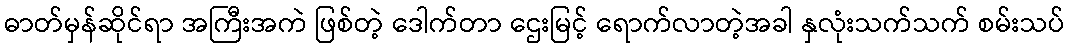
ဓာတ်မှန်ဆိုင်ရာ အကြီးအကဲ ဖြစ်တဲ့ ဒေါက်တာ ဌေးမြင့် ရောက်လာတဲ့အခါ နှလုံးသက်သက် စမ်းသပ်